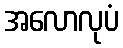
အလောလုပံ